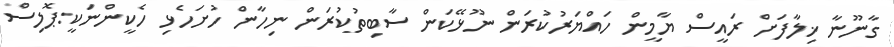
ގާނޫނާ ޚިލާފަށް ރައީސް ޔާމީން ހައްޔަރުކުރަން ނޫޅޭކަން ސާބިތުކުރަން ނިހާން ހުށަހެޅި ހެކީންނަކީ:ޕޮލިސް